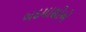
બદમાશોએ